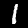
Digit: 1